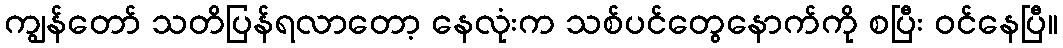
ကျွန်တော် သတိပြန်ရလာတော့ နေလုံးက သစ်ပင်တွေနောက်ကို စပြီး ဝင်နေပြီ။